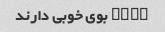
mmmm بوی خوبی دارند